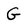
Character: G